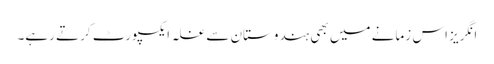
انگریز اس زمانے میں بھی ہندوستان سے غلہ ایکسپورٹ کرتے رہے۔